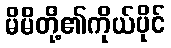
မိမိတို့၏ကိုယ်ပိုင်